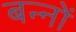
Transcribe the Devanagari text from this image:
बन्नों